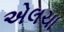
એલચા